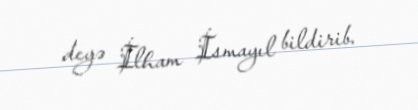
deyə İlham İsmayıl bildirib.